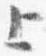
上